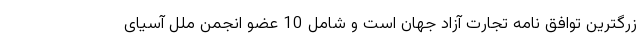
زرگترین توافق نامه تجارت آزاد جهان است و شامل 10 عضو انجمن ملل آسیای